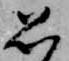
思